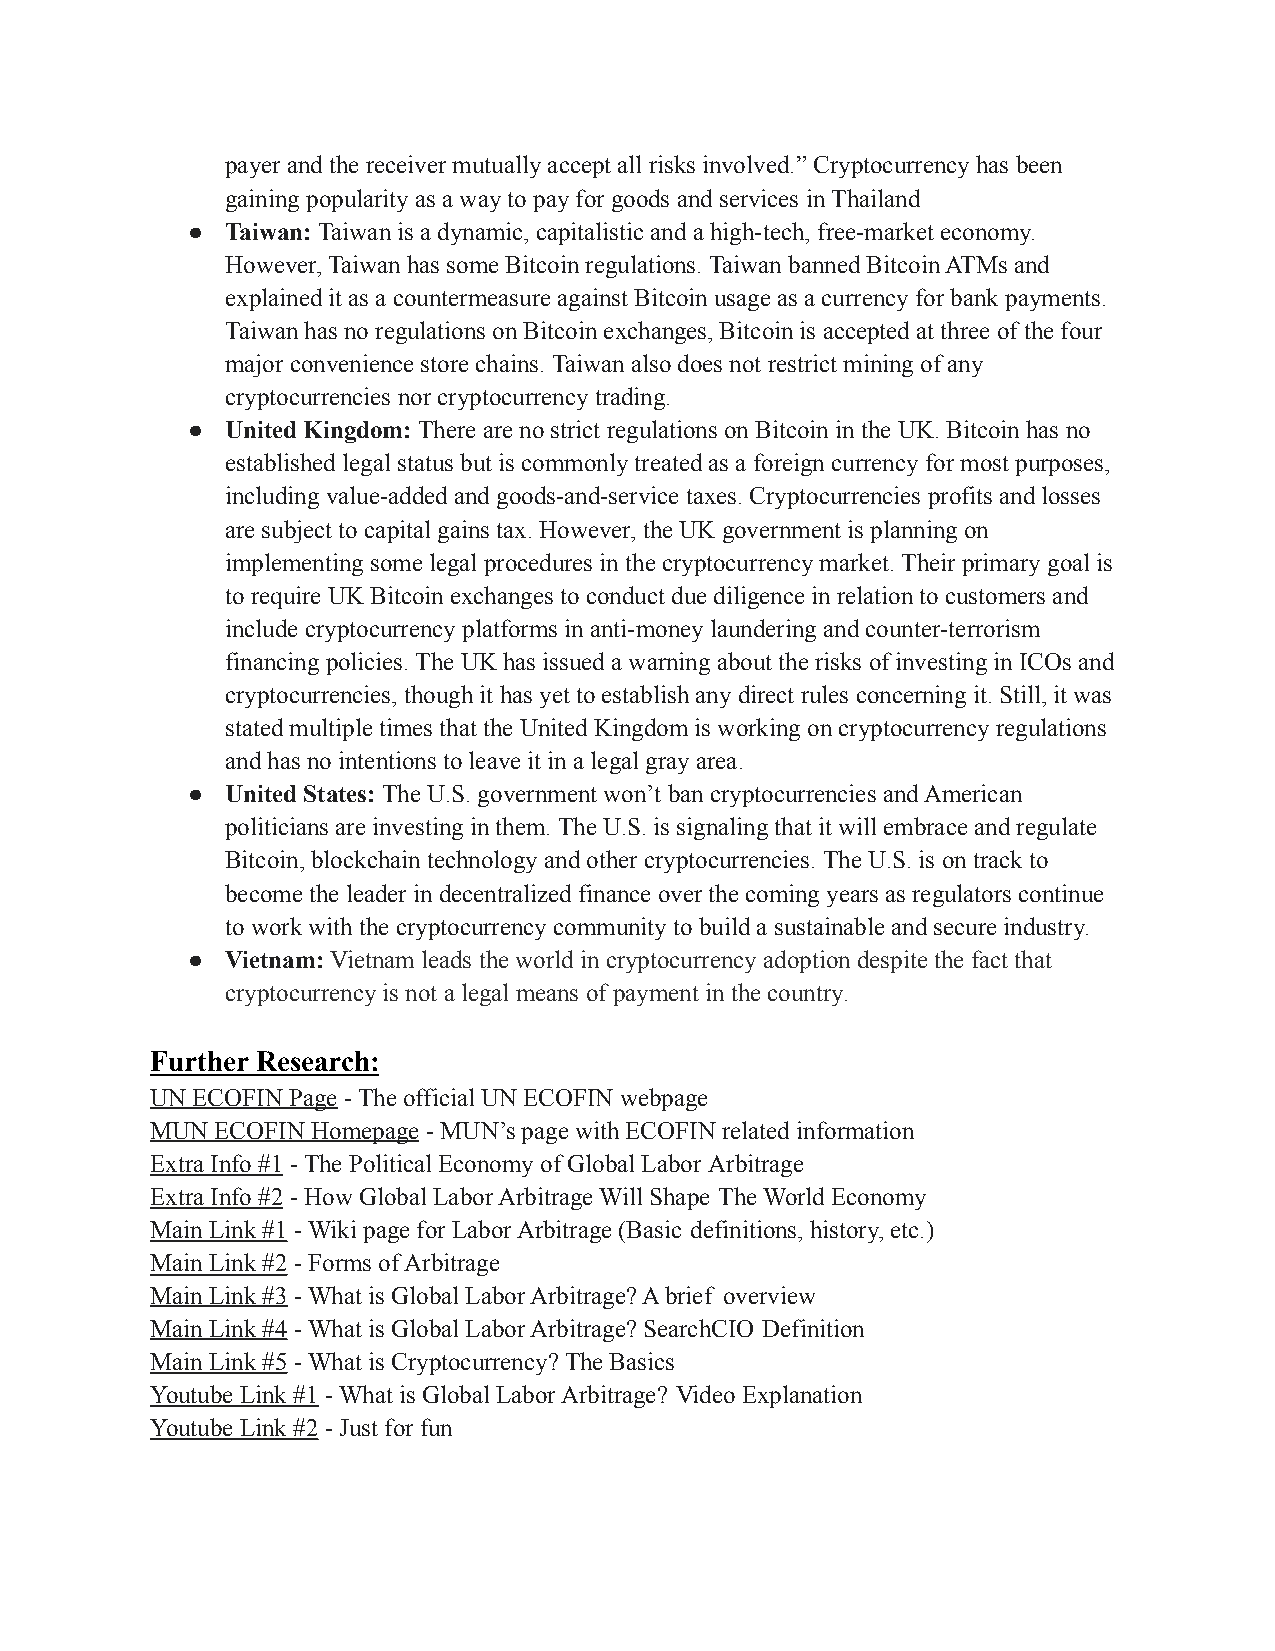
payer and the receiver mutually accept all risks involved.” Cryptocurrency has been
 gaining popularity as a way to pay for goods and services in Thailand
 ●  Taiwan: Taiwan is a dynamic, capitalistic and a high-tech, free-market economy.
 However, Taiwan has some Bitcoin regulations. Taiwan banned Bitcoin ATMs and
 explained it as a countermeasure against Bitcoin usage as a currency for bank payments.
 Taiwan has no regulations on Bitcoin exchanges, Bitcoin is accepted at three of the four
 major convenience store chains. Taiwan also does not restrict mining of any
 cryptocurrencies nor cryptocurrency trading.
 ●  United Kingdom:There are no strict regulations on Bitcoin in the UK. Bitcoin has no
 established legal status but is commonly treated as a foreign currency for most purposes,
 including value-added and goods-and-service taxes. Cryptocurrencies profits and losses
 are subject to capital gains tax. However, the UK government is planning on
 implementing some legal procedures in the cryptocurrency market. Their primary goal is
 to require UK Bitcoin exchanges to conduct due diligence in relation to customers and
 include cryptocurrency platforms in anti-money laundering and counter-terrorism
 financing policies. The UK has issued a warning about the risks of investing in ICOs and
 cryptocurrencies, though it has yet to establish any direct rules concerning it. Still, it was
 stated multiple times that the United Kingdom is working on cryptocurrency regulations
 and has no intentions to leave it in a legal gray area.
 ●  United States:The U.S. government won’t ban cryptocurrenciesand American
 politicians are investing in them. The U.S. is signaling that it will embrace and regulate
 Bitcoin, blockchain technology and other cryptocurrencies. The U.S. is on track to
 become the leader in decentralized finance over the coming years as regulators continue
 to work with the cryptocurrency community to build a sustainable and secure industry.
 ●  Vietnam: Vietnam leads the world in cryptocurrency adoption despite the fact that
 cryptocurrency is not a legal means of payment in the country.
 Further Research:
 UN ECOFIN Page - The official UN ECOFIN webpage
 MUN ECOFIN Homepage - MUN’s page with ECOFIN relatedinformation
 Extra Info #1 - The Political Economy of Global Labor Arbitrage
 Extra Info #2 - How Global Labor Arbitrage Will Shape The World Economy
 Main Link #1 - Wiki page for Labor Arbitrage (Basic definitions, history, etc.)
 Main Link #2 - Forms of Arbitrage
 Main Link #3 - What is Global Labor Arbitrage? A brief overview
 Main Link #4 - What is Global Labor Arbitrage? SearchCIO Definition
 Main Link #5 - What is Cryptocurrency? The Basics
 Youtube Link #1 - What is Global Labor Arbitrage? Video Explanation
 Youtube Link #2 - Just for fun